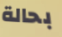
بحالة